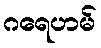
ဂရေဟမ်